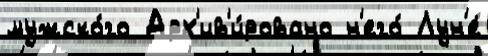
мужско́го Арх'ив'и́ровано н'его́ Лун'е́